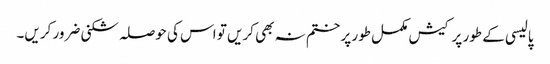
پالیسی کے طور پر کیش مکمل طور پر ختم نہ بھی کریں تو اس کی حوصلہ شکنی ضرور کریں۔